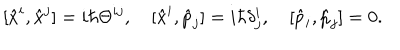
[ \hat { x } ^ { i } , \hat { x } ^ { j } ] = i \hbar \Theta ^ { i j } , \quad [ \hat { x } ^ { i } , \hat { p } _ { j } ] = i \hbar \delta _ { j } ^ { i } , \quad [ \hat { p } _ { i } , \hat { p } _ { j } ] = 0 .